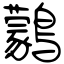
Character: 鸏